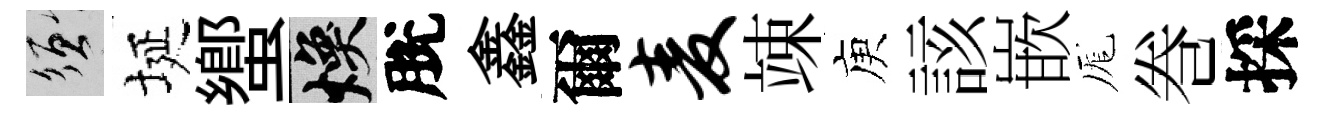
須埏蠁焕脫鑫爾麦竦庾該嵌厖巻採